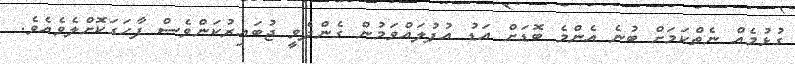
ގުޅުމެއް ނެތްކަމަށް ބުނެ އެންމެ ބޮޑަށް އަޑު އުފުލައްވަމުން ގެންދެވީ ޖުބައިރުކަންވެސް ފާހަގަކޮށްލެވެއެވެ.